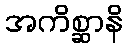
အကိစ္ဆာနိ